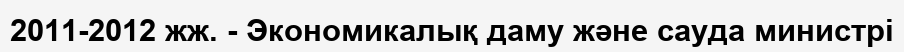
2011-2012 жж. - Экономикалық даму және сауда министрі